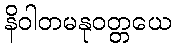
နိဝါတမနုဝတ္တယေ